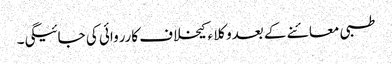
طبی معائنے کے بعدوکلا ء کیخلاف کارروائی کی جائیگی۔